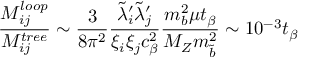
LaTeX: { \frac { M _ { i j } ^ { l o o p } } { M _ { i j } ^ { t r e e } } } \sim { \frac { 3 } { 8 \pi ^ { 2 } } } { \frac { \tilde { \lambda } _ { i } ^ { \prime } \tilde { \lambda } _ { j } ^ { \prime } } { \xi _ { i } \xi _ { j } c _ { \beta } ^ { 2 } } } { \frac { m _ { b } ^ { 2 } \mu t _ { \beta } } { M _ { Z } m _ { \tilde { b } } ^ { 2 } } } \sim 1 0 ^ { - 3 } t _ { \beta }